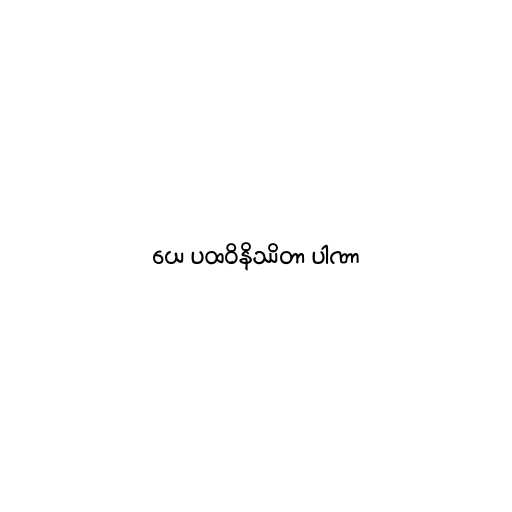
ယေ ပထဝိနိဿိတာ ပါဏာ